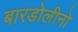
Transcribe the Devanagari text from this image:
बारडोलीनो